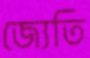
জ্যেতি